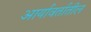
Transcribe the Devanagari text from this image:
आर्यावर्तातील